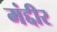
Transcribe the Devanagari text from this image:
मंद्दीर